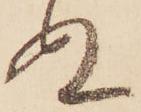
ぬ